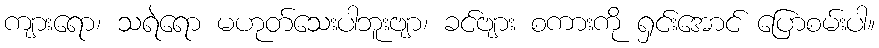
ကျားရော၊ သရဲရော မဟုတ်သေးပါဘူးဗျာ၊ ခင်ဗျား စကားကို ရှင်းအောင် ပြောစမ်းပါ။